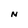
Character: N